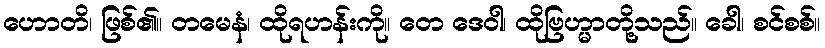
ဟောတိ၊ ဖြစ်၏။ တမေနံ၊ ထိုရဟန်းကို။ တေ ဒေဝါ၊ ထိုဗြဟ္မာတို့သည်။ ခေါ၊ စင်စစ်။